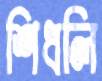
শিধলি